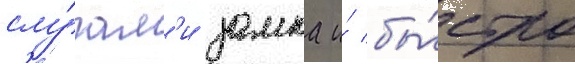
слу́гам'и замка и́ бы́стро